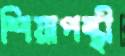
শিয়াপন্থী